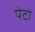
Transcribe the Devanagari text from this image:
पेटो